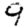
Digit: 9